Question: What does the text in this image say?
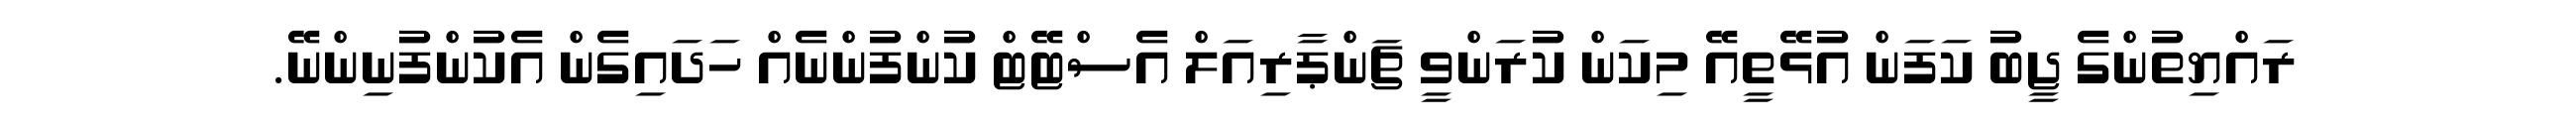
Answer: ރައްޔިތުންގެ ޖީބު ކަފަން އުޅޭތީއޭ މިކަން ކުރަންވީ ޗަންޕާރިއަލް އެސްޓޭޓް ކުންފުންނެއް ހަދައިގެން އެކުންފުނިންނޭ.